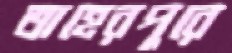
তাহেরপুরে